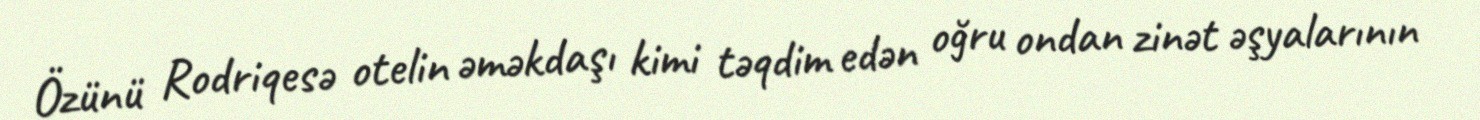
Özünü Rodriqesə otelin əməkdaşı kimi təqdim edən oğru ondan zinət əşyalarının